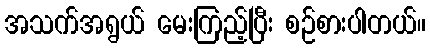
အသက်အရွယ် မေးကြည့်ပြီး စဉ်စားပါတယ်။